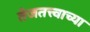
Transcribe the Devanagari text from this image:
तेजतत्त्वाच्या